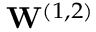
\mathbf { W } ^ { ( 1 , 2 ) }